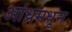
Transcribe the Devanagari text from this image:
आंध्रमधून